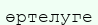
өртелуге